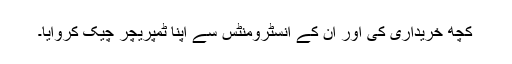
کچھ خریداری کی اور ان کے انسٹرومنٹس سے اپنا ٹمپریچر چیک کروایا۔